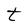
Character: t